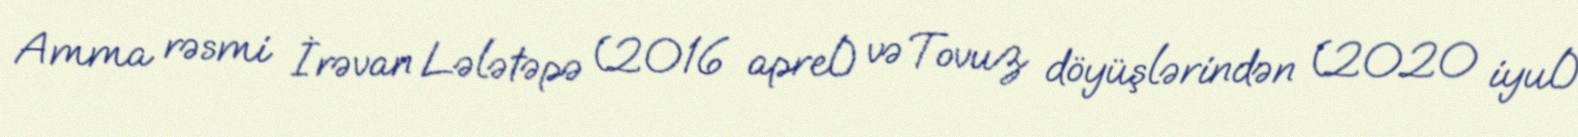
Amma rəsmi İrəvan Lələtəpə (2016 aprel) və Tovuz döyüşlərindən (2020 iyul)